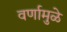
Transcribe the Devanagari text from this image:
वर्णामुळे